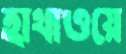
হাথাওয়ে